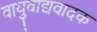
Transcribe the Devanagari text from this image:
वायुवाद्यवादक